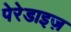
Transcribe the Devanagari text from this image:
पेरेडाइज़